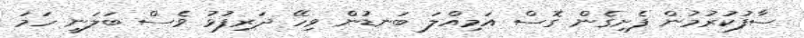
ސާފުކުރުމުން ފެށިގެން ގޮސް އަމިއްލަ ބަނޑުން ވިހޭ ދަރިފުޅު ވެސް ބަލަނީ ހަމަ